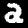
Digit: 2